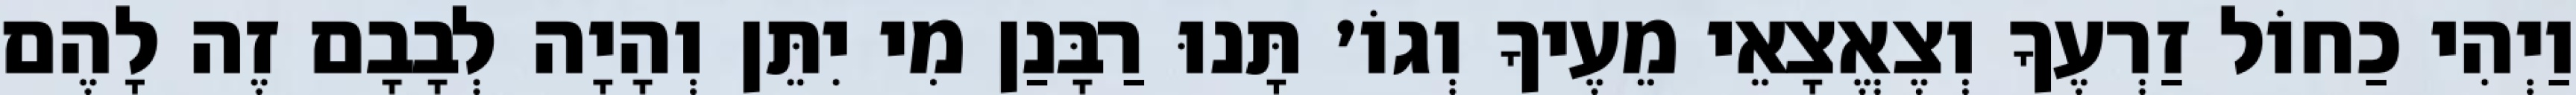
וַיְהִי כַחוֹל זַרְעֶךָ וְצֶאֱצָאֵי מֵעֶיךָ וְגוֹ׳ תָּנוּ רַבָּנַן מִי יִתֵּן וְהָיָה לְבָבָם זֶה לָהֶם